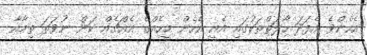
އެހެންވެ އެފަދަ ހާލަތްތަކުގައި އެއީ އެހެން މީހެއްގެ އެއްޗެއް ކަން ނުވަތަ ތިމާއާ